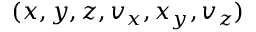
( x , y , z , v _ { x } , x _ { y } , v _ { z } )